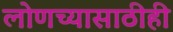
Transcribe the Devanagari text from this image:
लोणच्यासाठीही